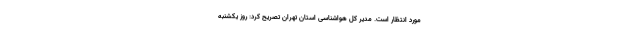
مورد انتظار است. مدیر کل هواشناسی استان تهران تصریح کرد: روز یکشنبه